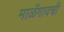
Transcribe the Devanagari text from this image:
माळॅगावची